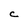
Character: C